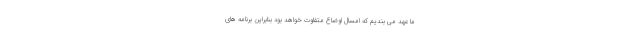
ما عهد می بندیم که امسال اوضاع متفاوت خواهد بود بنابراین برنامه های